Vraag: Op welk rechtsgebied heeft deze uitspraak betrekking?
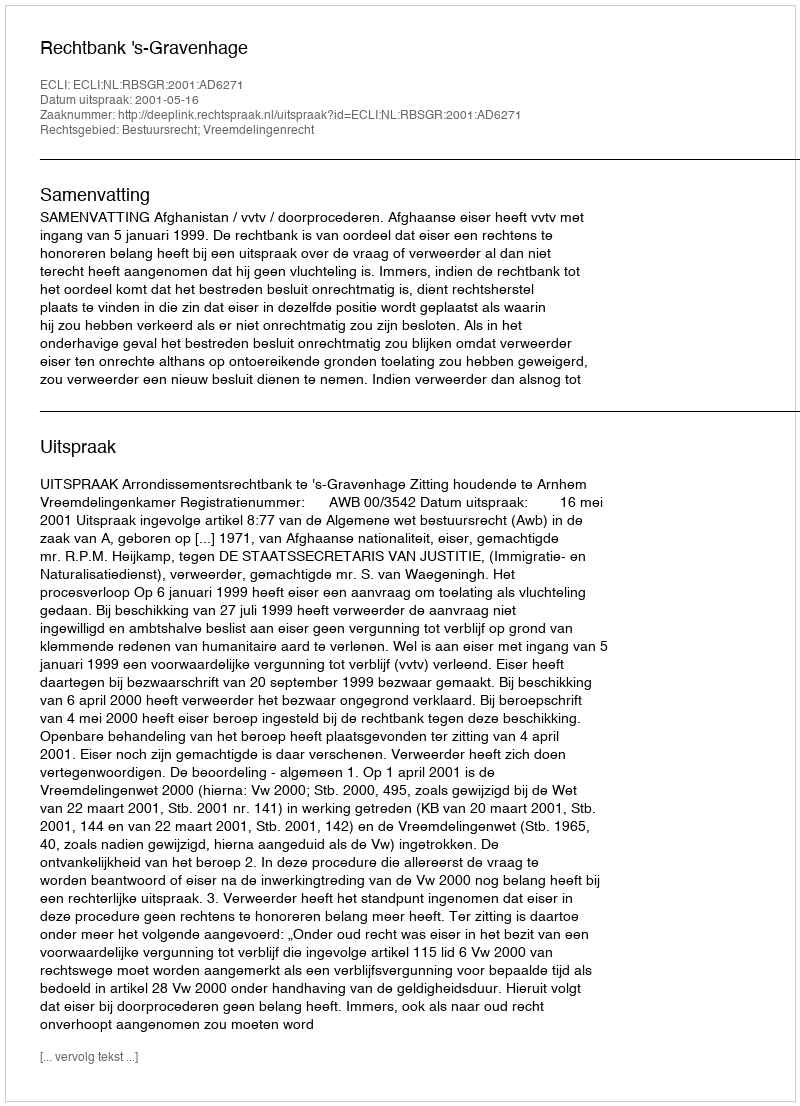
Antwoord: Bestuursrecht; Vreemdelingenrecht